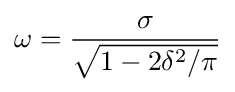
\omega ={\frac {\sigma }{\sqrt {1-2\delta ^{2}/\pi }}}